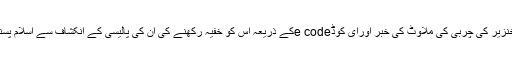
مغربی ممالک کی صیہونیت زدہ کمپنیوں کی اشیاءخور دو نوش میں خنزیر کی چربی کی ملاوٹ کی خبر اورای کوڈe codeکے ذریعہ اس کو خفیہ رکھنے کی ان کی پالیسی کے انکشاف سے اسلام پسند حلقوں میں تشویش وبے چینی کی لہر دوڑ جانا ایک فطری بات تھی۔